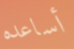
أساعده